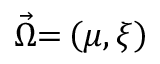
\vec { \Omega } \mathrm { = } \left( \mu , \xi \right)